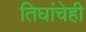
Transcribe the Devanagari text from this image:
तिघांचेही